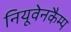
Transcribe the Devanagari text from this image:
नियूवेनकैम्प